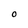
Character: O